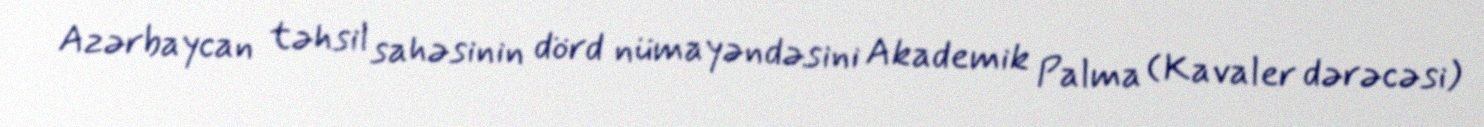
Azərbaycan təhsil sahəsinin dörd nümayəndəsini Akademik Palma (Kavaler dərəcəsi)